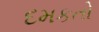
દમકતો